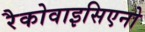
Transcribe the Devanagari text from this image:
रैकोवाइसिएनो